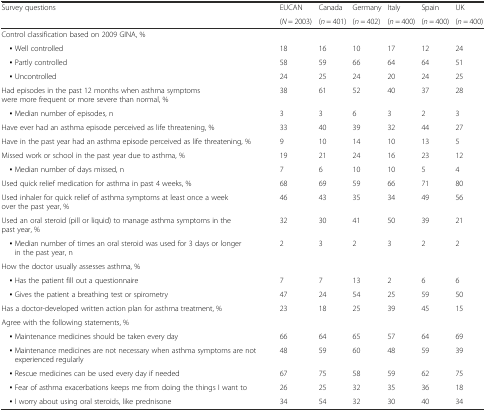
<table><thead><tr><td rowspan="2"><b>Survey questions</b></td><td><b>EUCAN</b></td><td><b>Canada</b></td><td><b>Germany</b></td><td><b>Italy</b></td><td><b>Spain</b></td><td><b>UK</b></td></tr><tr><td><b>(<i>N</i> = 2003)</b></td><td><b>(<i>n</i> = 401)</b></td><td><b>(<i>n</i> = 402)</b></td><td><b>(<i>n</i> = 400)</b></td><td><b>(<i>n</i> = 400)</b></td><td><b>(<i>n</i> = 400)</b></td></tr></thead><tbody><tr><td colspan="7">Control classification based on 2009 GINA, %</td></tr><tr><td> ▪ Well controlled</td><td>18</td><td>16</td><td>10</td><td>17</td><td>12</td><td>24</td></tr><tr><td> ▪ Partly controlled</td><td>58</td><td>59</td><td>66</td><td>64</td><td>64</td><td>51</td></tr><tr><td> ▪ Uncontrolled</td><td>24</td><td>25</td><td>24</td><td>20</td><td>24</td><td>25</td></tr><tr><td>Had episodes in the past 12 months when asthma symptoms were more frequent or more severe than normal, %</td><td>38</td><td>61</td><td>52</td><td>40</td><td>37</td><td>28</td></tr><tr><td> ▪ Median number of episodes, n</td><td>3</td><td>3</td><td>6</td><td>3</td><td>2</td><td>3</td></tr><tr><td>Have ever had an asthma episode perceived as life threatening, %</td><td>33</td><td>40</td><td>39</td><td>32</td><td>44</td><td>27</td></tr><tr><td>Have in the past year had an asthma episode perceived as life threatening, %</td><td>9</td><td>10</td><td>14</td><td>10</td><td>13</td><td>5</td></tr><tr><td>Missed work or school in the past year due to asthma, %</td><td>19</td><td>21</td><td>24</td><td>16</td><td>23</td><td>12</td></tr><tr><td> ▪ Median number of days missed, n</td><td>7</td><td>6</td><td>10</td><td>10</td><td>5</td><td>4</td></tr><tr><td>Used quick relief medication for asthma in past 4 weeks, %</td><td>68</td><td>69</td><td>59</td><td>66</td><td>71</td><td>80</td></tr><tr><td>Used inhaler for quick relief of asthma symptoms at least once a week over the past year, %</td><td>46</td><td>43</td><td>35</td><td>34</td><td>49</td><td>56</td></tr><tr><td>Used an oral steroid (pill or liquid) to manage asthma symptoms in the past year, %</td><td>32</td><td>30</td><td>41</td><td>50</td><td>39</td><td>21</td></tr><tr><td> ▪ Median number of times an oral steroid was used for 3 days or longer in the past year, n</td><td>2</td><td>3</td><td>2</td><td>3</td><td>2</td><td>2</td></tr><tr><td colspan="7">How the doctor usually assesses asthma, %</td></tr><tr><td> ▪ Has the patient fill out a questionnaire</td><td>7</td><td>7</td><td>13</td><td>2</td><td>6</td><td>6</td></tr><tr><td> ▪ Gives the patient a breathing test or spirometry</td><td>47</td><td>24</td><td>54</td><td>25</td><td>59</td><td>50</td></tr><tr><td>Has a doctor-developed written action plan for asthma treatment, %</td><td>23</td><td>18</td><td>25</td><td>39</td><td>45</td><td>15</td></tr><tr><td colspan="7">Agree with the following statements, %</td></tr><tr><td> ▪ Maintenance medicines should be taken every day</td><td>66</td><td>64</td><td>65</td><td>57</td><td>64</td><td>69</td></tr><tr><td> ▪ Maintenance medicines are not necessary when asthma symptoms are not experienced regularly</td><td>48</td><td>59</td><td>60</td><td>48</td><td>59</td><td>39</td></tr><tr><td> ▪ Rescue medicines can be used every day if needed</td><td>67</td><td>75</td><td>58</td><td>59</td><td>62</td><td>75</td></tr><tr><td> ▪ Fear of asthma exacerbations keeps me from doing the things I want to</td><td>26</td><td>25</td><td>32</td><td>35</td><td>36</td><td>18</td></tr><tr><td> ▪ I worry about using oral steroids, like prednisone</td><td>34</td><td>54</td><td>32</td><td>30</td><td>40</td><td>34</td></tr></tbody></table>